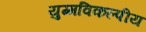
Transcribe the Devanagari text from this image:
युग्मविकल्पीय